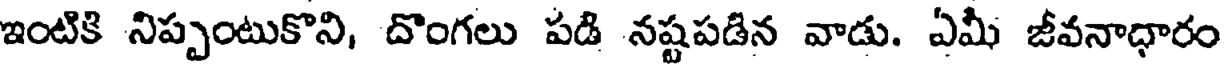
ఇంటికి నిప్పంటుకొని, దొంగలు పడి నష్టపడిన వాడు. ఏమీ జీవనాధారం